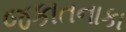
જકાતનાકા